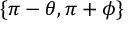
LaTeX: \{ \pi - \theta , \pi + \phi \}